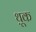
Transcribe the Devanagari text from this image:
थ़ूक